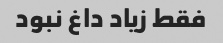
فقط زیاد داغ نبود